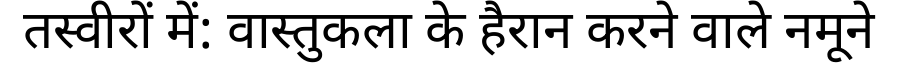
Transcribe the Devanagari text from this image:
तस्वीरों में: वास्तुकला के हैरान करने वाले नमूने